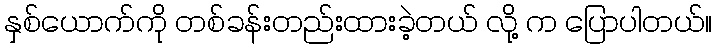
နှစ်ယောက်ကို တစ်ခန်းတည်းထားခဲ့တယ် လို့ က ပြောပါတယ်။